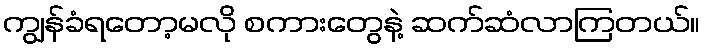
ကျွန်ခံရတော့မလို စကားတွေနဲ့ ဆက်ဆံလာကြတယ်။